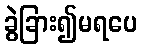
ခွဲခြား၍မရပေ